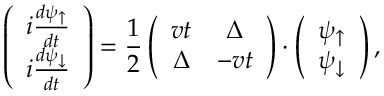
\left( \begin{array} { c } { i \frac { d \psi _ { \uparrow } } { d t } } \\ { i \frac { d \psi _ { \downarrow } } { d t } } \end{array} \right) = \frac { 1 } { 2 } \left( \begin{array} { c c } { v t } & { \Delta } \\ { \Delta } & { - v t } \end{array} \right) \cdot \left( \begin{array} { c } { \psi _ { \uparrow } } \\ { \psi _ { \downarrow } } \end{array} \right) ,